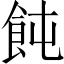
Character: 飩